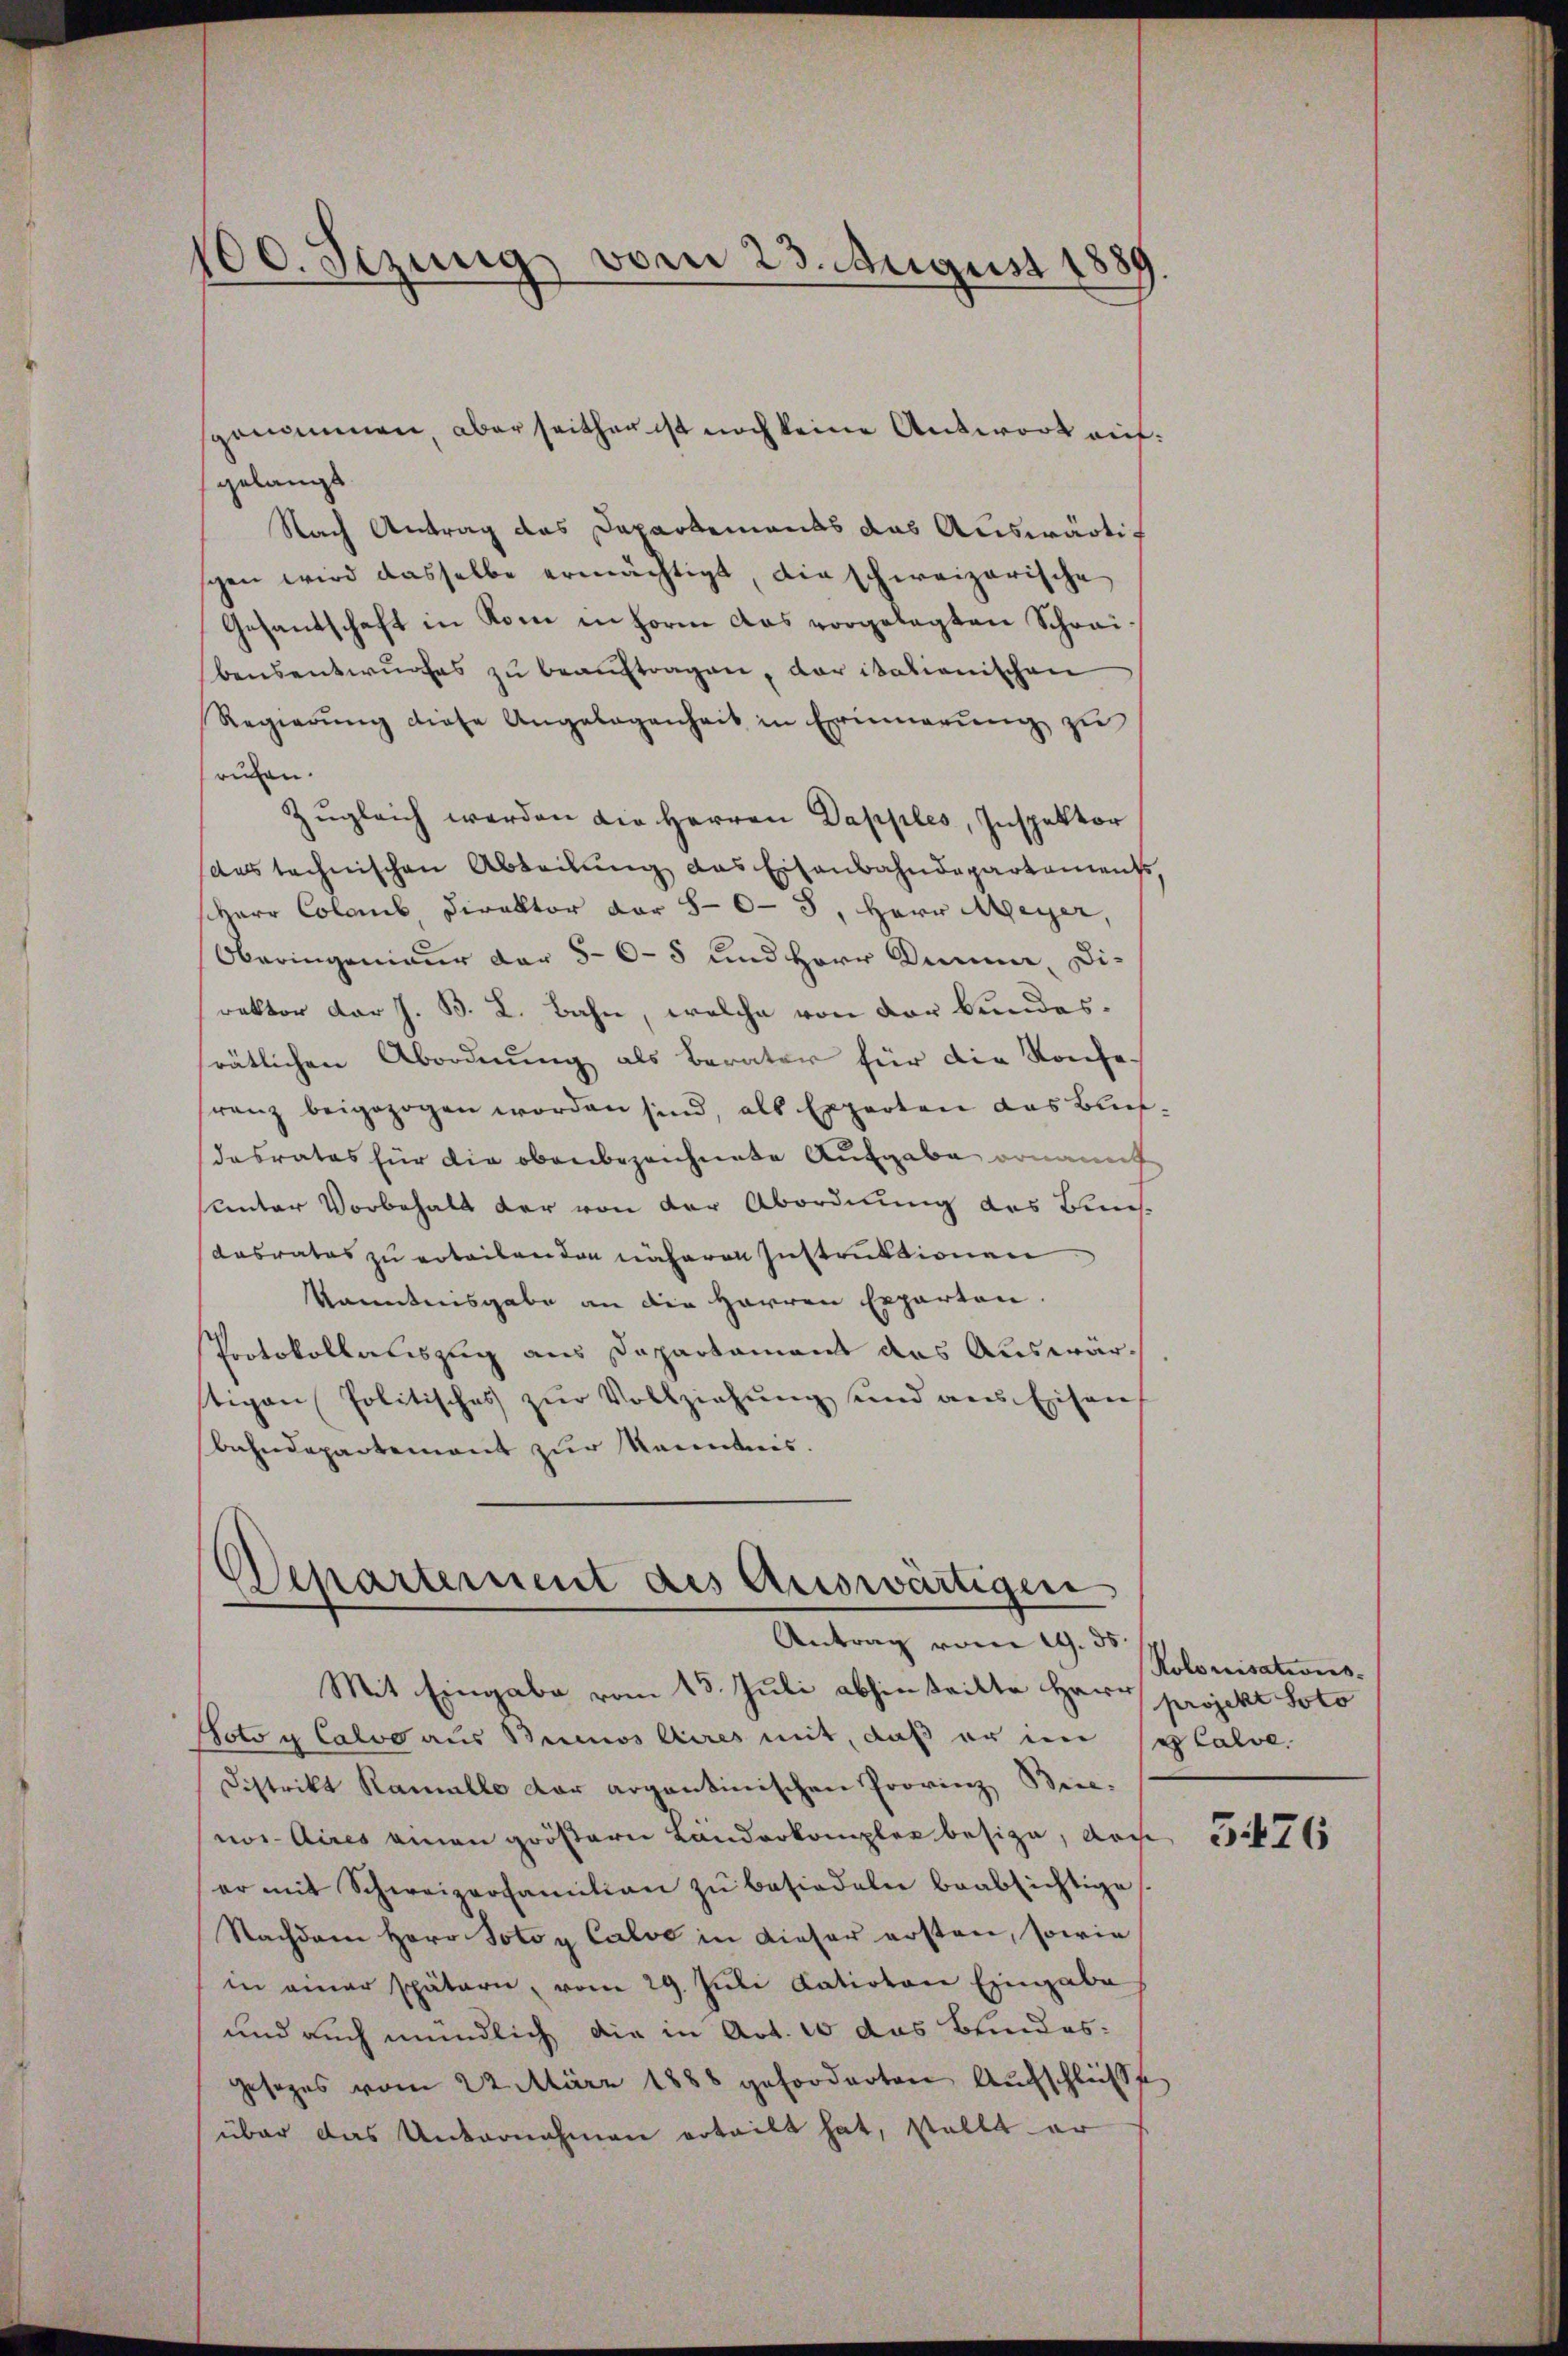
100. Sezung vom 23. August 1889.

gelangt
Nach Antrag das Departements das Auswärtig
schen wird dasselbe ermächtigt, die schweizerische
Gesandschaft in Kom in Form das vorgelegten Schreibensentwurfes zu beaŭftragen, daritationischen
Regierŭng diese Angelegenheit in Erinnerŭng zŭ
ruhen.
Zŭgleich werden die Herren Dapples, Inspektor
das technischen Abteilung das Eisenbahndepartement,
Herr Colamb, Direktor der 80 - 3. Herr Meyer,
Oberingenieur der 5-6 - 8 und Herr Dir, Direktor der J. B. L. Bahn, welche von der Bundes.
rätlichen Abordnung als Berater für die Konfe
ranz beigezogen worden sind, als Experten das Buch¬
Tabrates für die obenbezeichnete Aufgabe ornannt
unter Vorbehalt der von der Abordnung des Bund
dasrates zu erteilenden näheren Instruktionen
kanntensgabe an die Herren Experten.
Protokollaliszug aus Departamens das Auswartigen Politisches zŭr Vollziehŭng und ans Eisen
bahndepartement zur Kenntnis.

genommen, aber seither ist noch keine Antwort mit¬

Departement des Auswärtigen
Antrag vom 19. 35.

Mit Eingabe vom 13. Juli abhinteilte Herr
oto g Calvo aus Brinos Aires mit, daß er im seplalve
Distrikt Ramalle der argentinischen Provinz Bice-
nos Aires einen größern Länderkompler besize, von 1476
er mit Schweizerfamilian zŭ besiedeln beabsichtige
Nachdem Herr Potoy Calvo in dieser ersten, sowie
in einer spätern, vom 29. Juni datirten Eingabe
und auch mündlich die in Art. 10 das Bundes¬
Gesezes vom 22. März 1888 geforderten Aufschlüße
über das Unternahmen erteilt hat, stellt er

Rolorisations.
projekt Solo